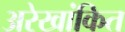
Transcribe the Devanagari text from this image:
अरेखांकित